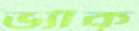
ভ্যাঁক্